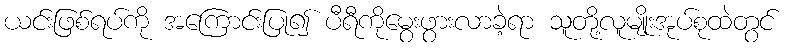
ယင်းဖြစ်ရပ်ကို အကြောင်းပြု၍ ပီရီကိုမွေးဖွားလာခဲ့ရာ သူတို့လူမျိုးအုပ်စုထဲတွင်